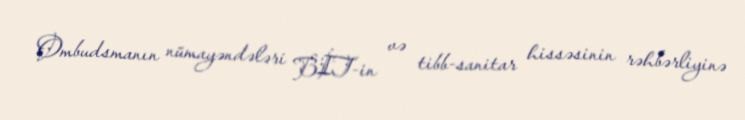
Ombudsmanın nümayəndələri BİT-in və tibb-sanitar hissəsinin rəhbərliyinə